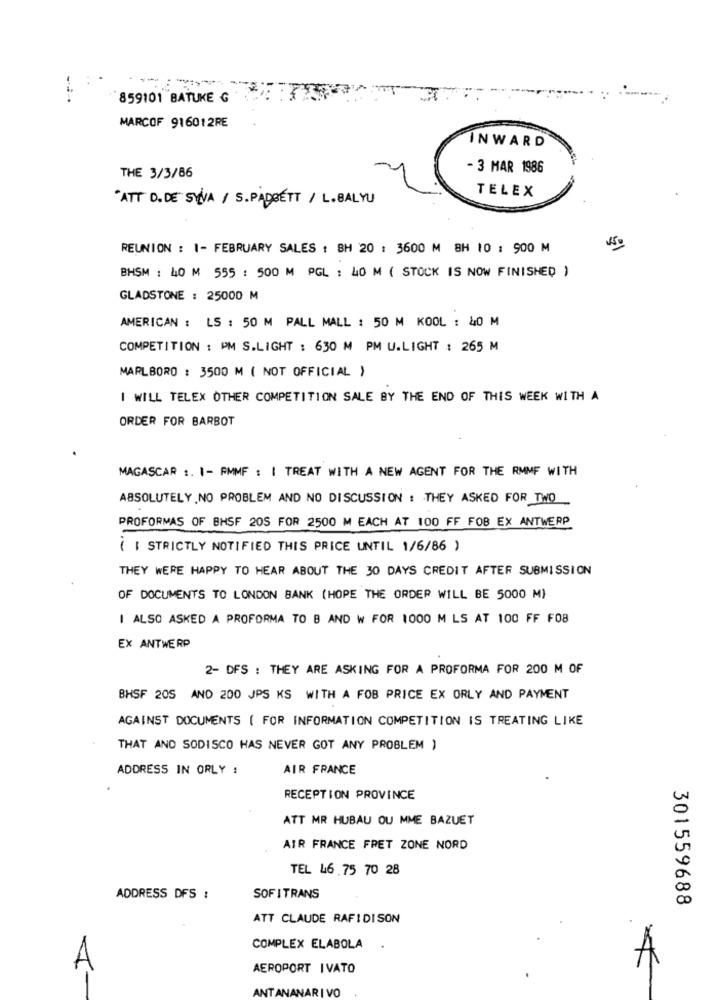
-
859101 BATUKE G
MARCOF 916012RE
INWARD
THE 3/3/86
- 3 MAR 1986
TELEX
"ATT D.DE SYVA / S.PADGETT / L.BALYU
REUNION : 1- FEBRUARY SALES : SH 20 : 3600 M 8H 10 : 900 M
BHSM : 40 M 555 : 500 M PGL : 40 M ( STOCK IS NOW FINISHED )
GLADSTONE : 25000 M
AMERICAN : LS : 50 M PALL MALL : 50 M KOOL : 40 M
COMPETITION : PM S.LIGHT : 630 M PM U.LIGHT : 265 M
MARLBORO : 3500 M ( NOT OFFICIAL )
I WILL TELEX OTHER COMPETITION SALE BY THE END OF THIS WEEK WITH A
ORDER FOR BARBOT
MAGASCAR :. 1- RMMF : I TREAT WITH A NEW AGENT FOR THE RMMF WITH
ABSOLUTELY NO PROBLEM AND NO DISCUSSION : THEY ASKED FOR TWO
PROFORMAS OF BHSF 205 FOR 2500 M EACH AT 100 FF FOB EX ANTWERP
( I STRICTLY NOTIFIED THIS PRICE UNTIL 1/6/86 )
THEY WERE HAPPY TO HEAR ABOUT THE 30 DAYS CREDIT AFTER SUBMISSION
OF DOCUMENTS TO LONDON BANK (HOPE THE ORDER WILL BE 5000 M}
I ALSO ASKED A PROFORMA TO B AND W FOR 1000 M LS AT 100 FF FOB
EX ANTWERP
2- DFS : THEY ARE ASKING FOR A PROFORMA FOR 200 M OF
BHSF 205 AND 200 JPS KS WITH A FOB PRICE EX ORLY AND PAYMENT
AGAINST DOCUMENTS ( FOR INFORMATION COMPETITION IS TREATING LIKE
THAT AND SODISCO HAS NEVER GOT ANY PROBLEM )
ADDRESS IN ORLY :
AIR FRANCE
RECEPTION PROVINCE
ATT MR HUBAU OU MME BAZUET
AIR FRANCE FRET ZONE NORD
TEL 46 75 70 28
ADDRESS DFS :
SOFI TRANS
301559688
ATT CLAUDE RAFIDISON
COMPLEX ELABOLA .
A
A
AEROPORT IVATO
ANT ANANARI VO